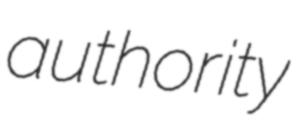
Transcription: authority